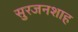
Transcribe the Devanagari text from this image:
सुरजनशाह